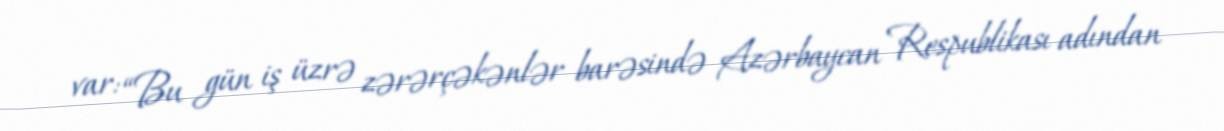
var: “Bu gün iş üzrə zərərçəkənlər barəsində Azərbaycan Respublikası adından